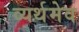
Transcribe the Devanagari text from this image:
व्यर्थमेव